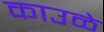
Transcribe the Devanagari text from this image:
काउळे